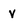
Character: v